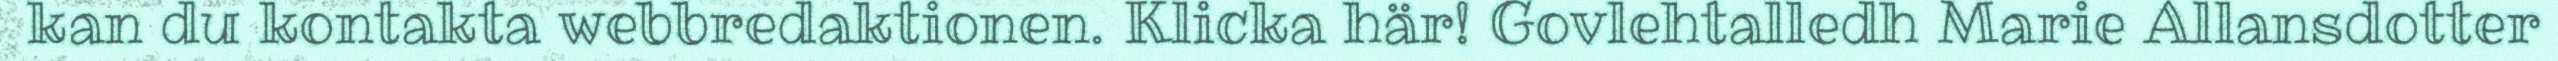
kan du kontakta webbredaktionen. Klicka här! Govlehtalledh Marie Allansdotter